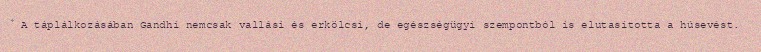
A táplálkozásában Gandhi nemcsak vallási és erkölcsi, de egészségügyi szempontból is elutasította a húsevést.